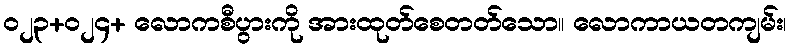
၀၂၃+၀၂၄+ လောကစီပွားကို အားထုတ်စေတတ်သော။ လောကာယတကျမ်း၊